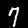
Digit: 7